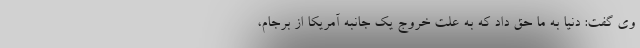
وی گفت: دنیا به ما حق داد که به علت خروج یک جانبه آمریکا از برجام،